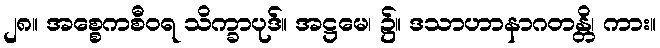
၂၈။ အစ္စေကစီဝရ သိက္ခာပုဒ်။ အဋ္ဌမေ၊ ၌။ ဒသာဟာနာဂတန္တိ၊ ကား။